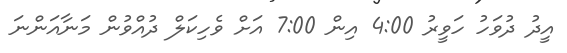
އީދު ދުވަހު ހަވީރު 4:00 އިން 7:00 އަށް ވެހިކަލް ދުއްވުން މަނާއަންނަ